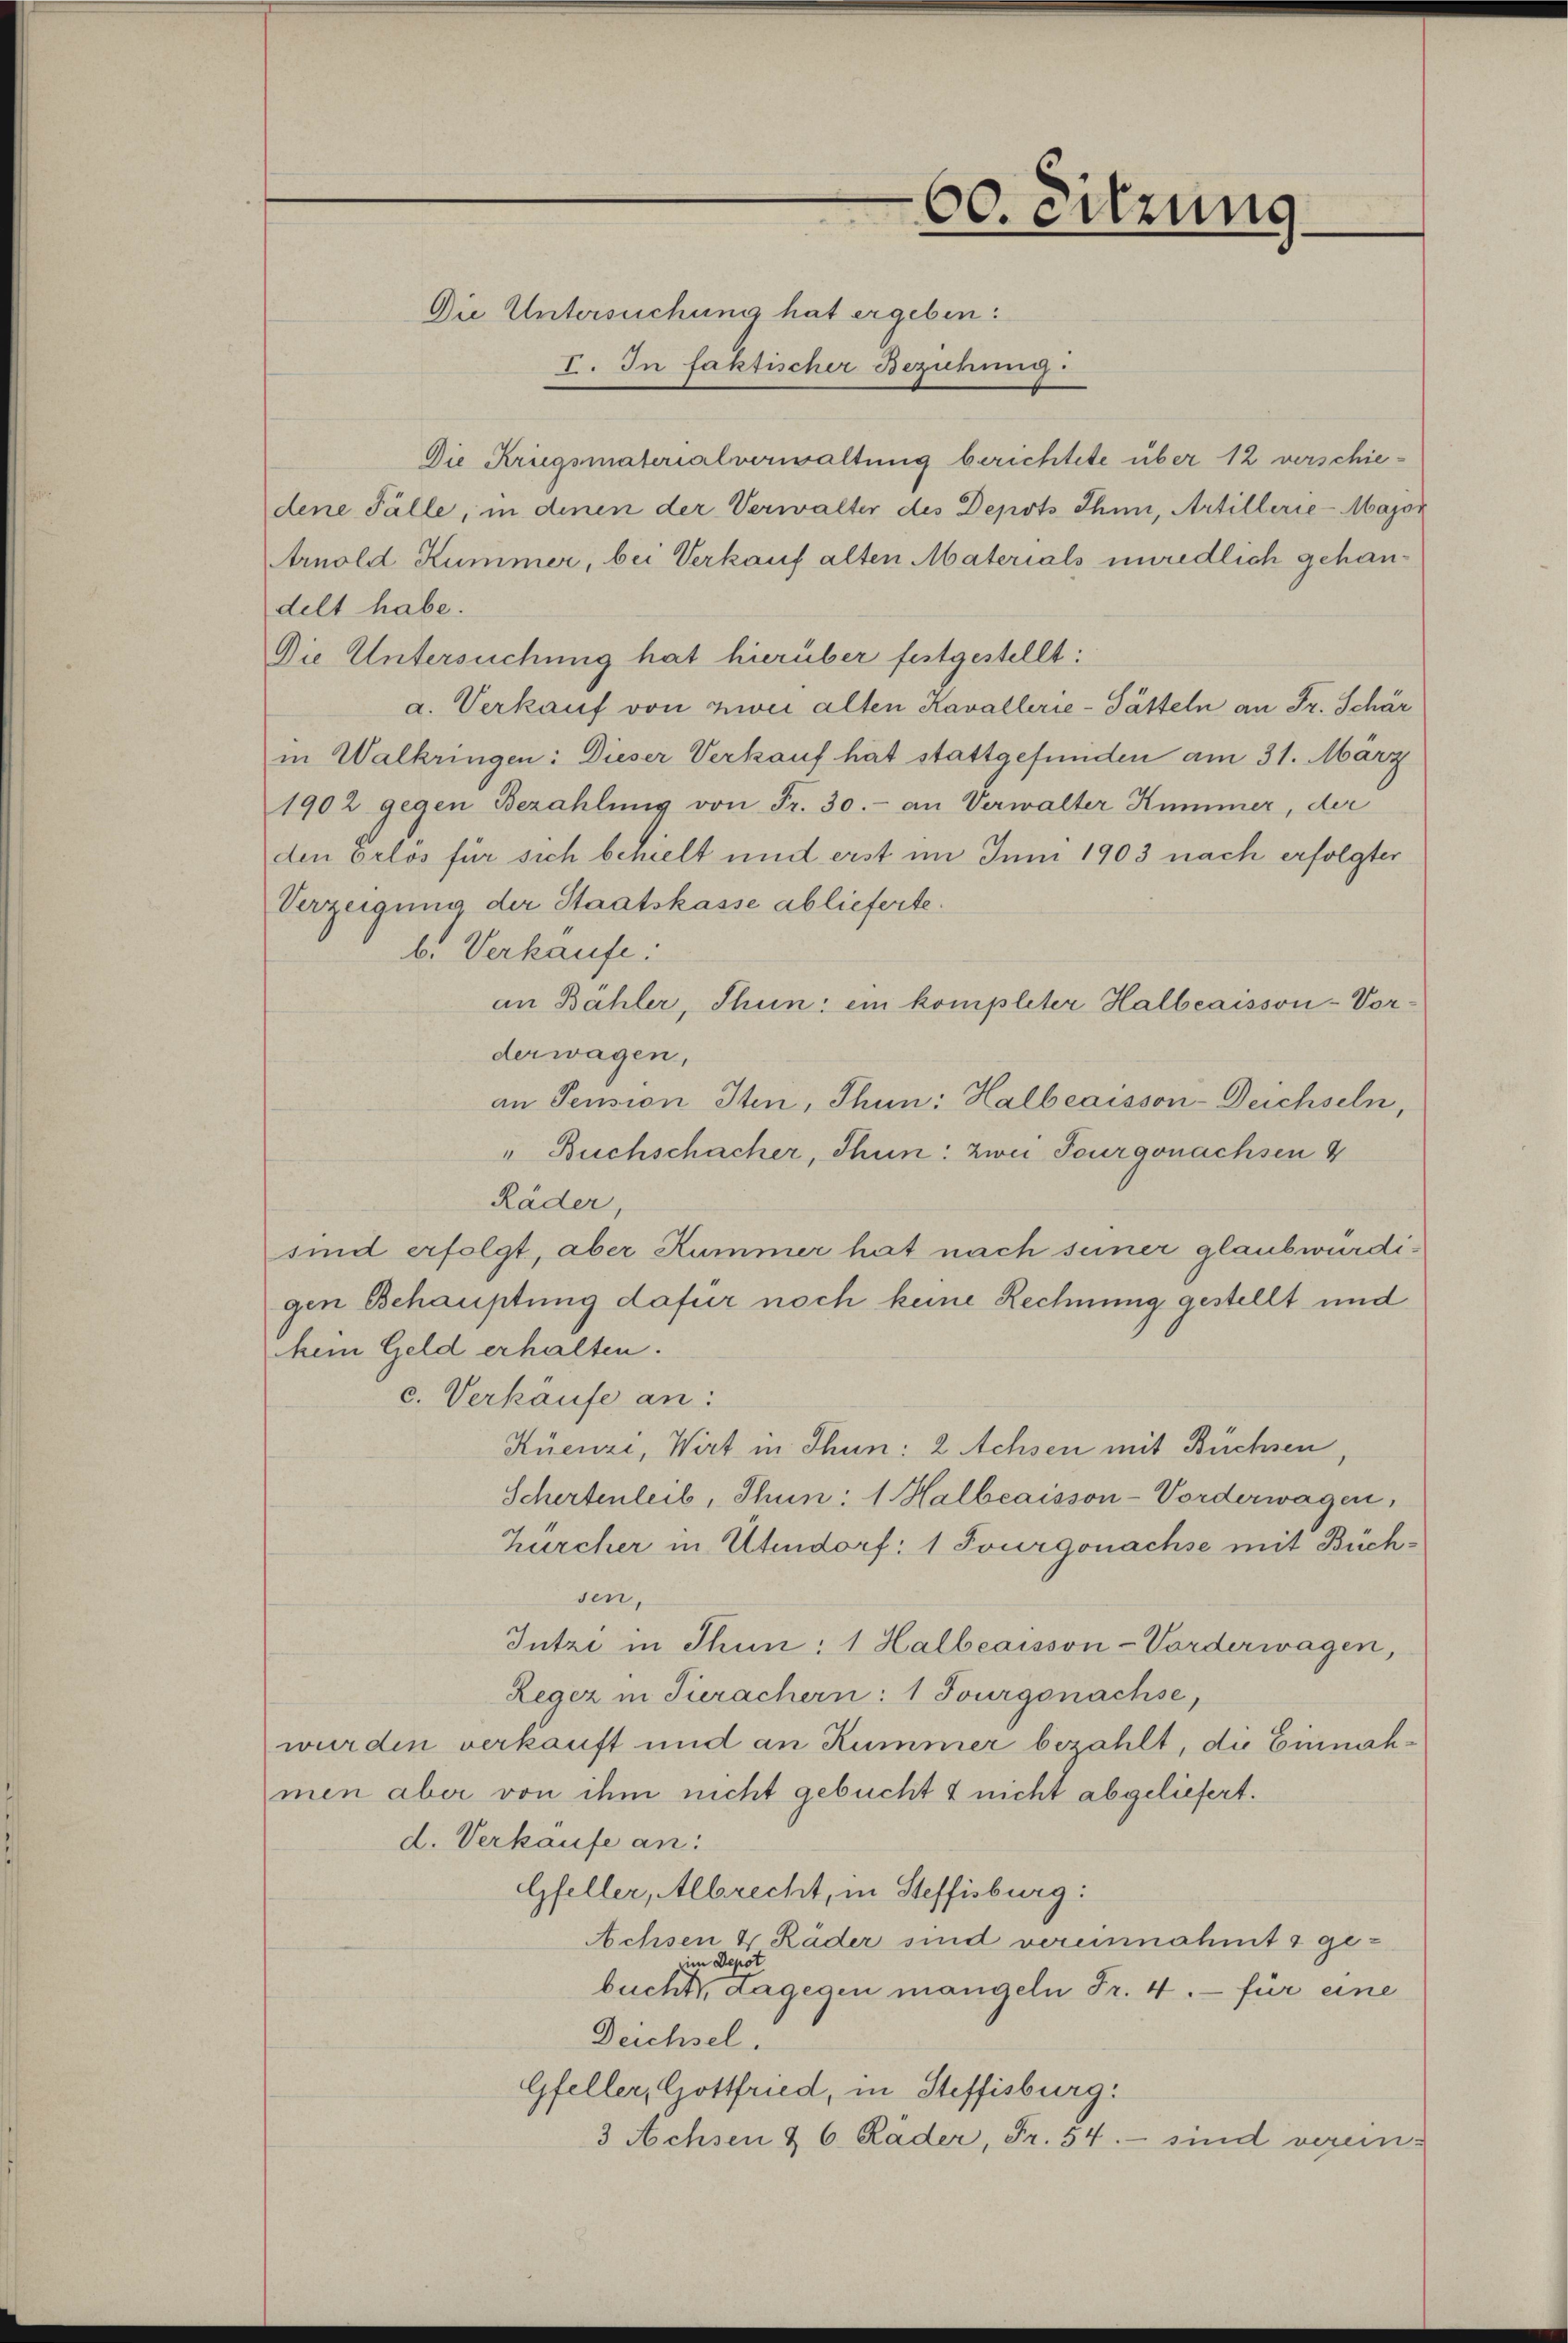
Die Untersuchung hat ergeben:
I. In faktischer Bezickung:
Die Kriegsmaterialverwaltung berichtete über 12 verschiedene Fälle, in denen der Verwalter des Depots Thun, Artillerie-Major
Arnold Kummer, bei Verkauf alten Materials mündlich gehandelt habe.
Die Untersuchung hat hierüber festgestellt:
a. Verkauf von zwei alten Kavallerie-Pätteln an Fr. Schär
in Walkringen: Dieser Verkauf hat stattgefunden am 31. März
1902 gegen Bezahlung von Fr. 30.- an Verwalter Kummer, der
den Erlös für sich behielt und erst im Juni 1903 nach erfolgter
Verzeigung der Staatskasse ablieferte.
b. Verkäufe:
an Bähler, Thun: ein kompleter Halbeaisson-Vor-
derwagen,
an Pension Iten, Thun: Halbeaisson-Deichseln,
" Buchschacher, Thun: zwei Tourgonachsen 4
Räder,
sind erfolgt, aber Kummer hat nach seiner glaubwürdigen Behauptung dafür noch keine Rechnung gestellt und
kein Geld erhalten.
c. Verkäufe an:
Kuenzi, Wirt in Thun: 2 Achsen mit Büchsen,
Schertenleib, Thun: 1. Halbeaisson-Vorderwagen,
Zürcher in Utendorf: 1 Tourgonachse mit Büchsen,
Intzi in Thun: 1 Halbeaisson-Vorderwagen,
Leger in Tierachern: 1 Tourgonachse,
wurden verkauft und an Kummer bezahlt, die Einnahmen aber von ihm nicht gebucht & nicht abgeliefert.
d. Verkäufe an:
Gfeller, Albrecht, in Steffisburg:
Achsen 4 Räder sind vereinnahmt & geim Depot
bucht, Lagegen mangeln Fr. 4. für eine
Deichsel.
Gfeller, Gottfried, in Steffisburg.
3 Achsen & 6. Räder, Fr. 54. sind verein-

60. Sitzung.